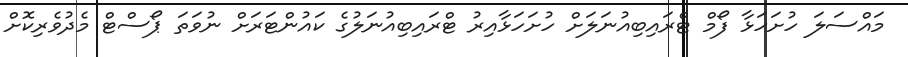
މައްސަލަ ހުށަހަޅާ ފޯމް ޓްރައިބިއުނަލަށް ހުށަހަޅާއިރު ޓްރައިބިއުނަލުގެ ކައުންޓަރަށް ނުވަތަ ޕޯސްޓް މެދުވެރިކޮށް